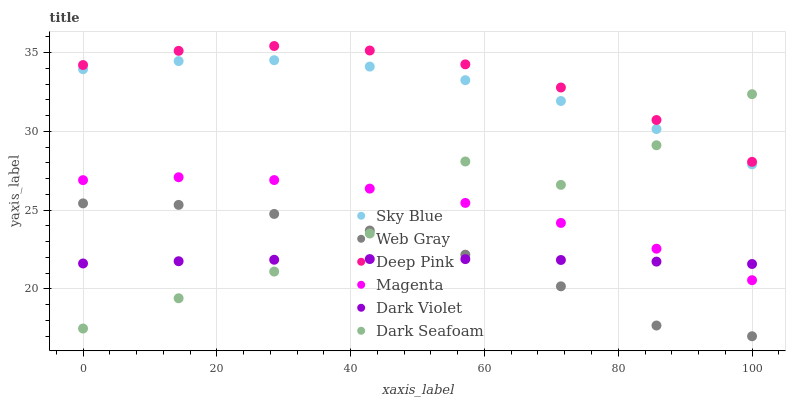
| xaxis_label | Sky Blue | Web Gray | Deep Pink | Magenta | Dark Violet | Dark Seafoam |
 | --- | --- | --- | --- | --- | --- | --- |
 | 0 | 34 | 25.4 | 34.2 | 26.9 | 21.6 | 17.5 |
 | 14.3 | 34.5 | 25.3 | 35.1 | 27.1 | 21.8 | 19.4 |
 | 28.6 | 34.5 | 24.8 | 35.4 | 26.9 | 21.9 | 21.1 |
 | 42.9 | 34.1 | 23.7 | 35.1 | 26.4 | 21.9 | 23.5 |
 | 57.1 | 33.3 | 22.2 | 34.3 | 25.5 | 21.9 | 28.1 |
 | 71.4 | 31.9 | 20.2 | 32.8 | 24.2 | 21.8 | 26.6 |
 | 85.7 | 30.2 | 17.7 | 30.7 | 22.6 | 21.7 | 29.1 |
 | 100 | 27.9 | 17 | 28.1 | 20.6 | 21.6 | 32.4 |